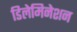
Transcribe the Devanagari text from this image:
डिलेमिनेशन